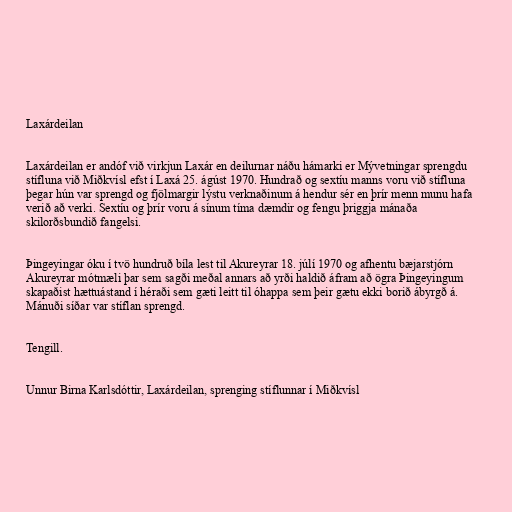
Laxárdeilan

Laxárdeilan er andóf við virkjun Laxár en deilurnar náðu hámarki er Mývetningar sprengdu
stífluna við Miðkvísl efst í Laxá 25. ágúst 1970. Hundrað og sextíu manns voru við stífluna
þegar hún var sprengd og fjölmargir lýstu verknaðinum á hendur sér en þrír menn munu hafa
verið að verki. Sextíu og þrír voru á sínum tíma dæmdir og fengu þriggja mánaða
skilorðsbundið fangelsi.

Þingeyingar óku í tvö hundruð bíla lest til Akureyrar 18. júlí 1970 og afhentu bæjarstjórn
Akureyrar mótmæli þar sem sagði meðal annars að yrði haldið áfram að ögra Þingeyingum
skapaðist hættuástand í héraði sem gæti leitt til óhappa sem þeir gætu ekki borið ábyrgð á.
Mánuði síðar var stíflan sprengd.

Tengill.

Unnur Birna Karlsdóttir, Laxárdeilan, sprenging stíflunnar í Miðkvísl